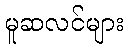
မူဆလင်များ